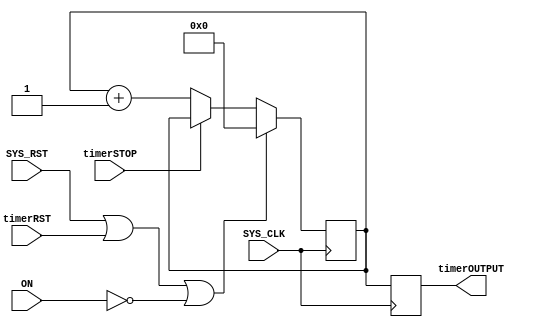
//=================================================
// DETECTION COUNTER MODULE
//=================================================
module detectionTimer (
	input 				SYS_CLK,
	input 				SYS_RST, ON,
	
	input 				timerRST,
	input					timerSTOP,
	output reg [9:0] 	timerOUTPUT
);
	reg [9:0] time_counter;
	always @(posedge SYS_CLK) begin
		if (SYS_RST | timerRST | ~ON) begin
			time_counter <= 0;
		end
		else begin
			time_counter <= timerSTOP ? time_counter : time_counter + 1;
		end
	end
	
	always @(posedge SYS_CLK)
		timerOUTPUT <= time_counter;

endmodule